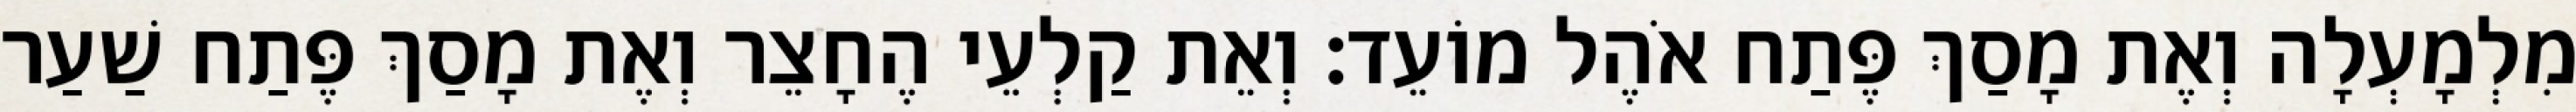
מִלְמָעְלָה וְאֶת מָסַךְ פֶּתַח אֹהֶל מוֹעֵד׃ וְאֵת קַלְעֵי הֶחָצֵר וְאֶת מָסַךְ פֶּתַח שַׁעַר